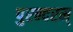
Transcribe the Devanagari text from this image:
पुरन्दरम्